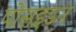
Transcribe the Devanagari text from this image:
पोसइडन